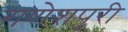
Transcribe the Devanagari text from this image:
गणेशपुरी